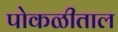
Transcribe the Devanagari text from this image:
पोकळीताल